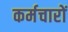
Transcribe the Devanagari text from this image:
कर्मचारों